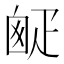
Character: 𤴙